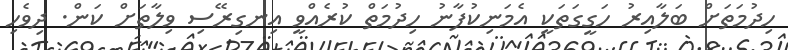
ހިދުމަތަށް ބަލާއިރު ހަގީގަތަކީ އެމަނިކުފާނު ހިދުމަތް ކުރެއްވީ އިނގިރޭސި ވިލާތަށް ކަން. ދިވެހި